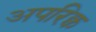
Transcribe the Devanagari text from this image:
अपरिक्व